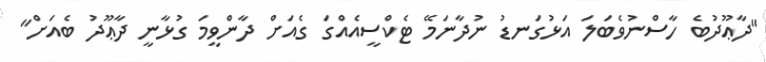
"ދާޢޫދުބެ ހާސްނުވެބަލަ އަޅުގަނޑު ނުދާނަމޭ ޓެކްސީއެއްގަ ގެއަށް ދާންވީމަ ގުޅާނީ ދާޢޫދު ބެއަށް"